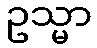
ဥသ္မာ